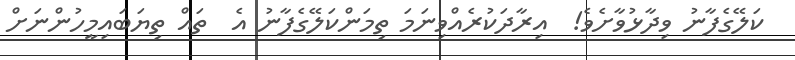
ކަލޭގެފާނު ވިދާޅުވާށެވެ!  އިރާދަކުރެއްވިނަމަ ތިމަންކަލޭގެފާނު އެ  ތައް ތިޔަބައިމީހުންނަށް